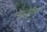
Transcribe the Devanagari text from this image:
नौइंजीनियरों